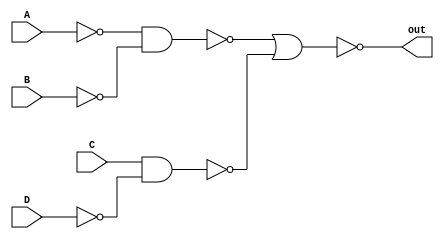
// -------------------------------------------------------------------------------------
//
//Description:This program takes in a four bit binary number and returns whether 
//					or not a given bit is correct
//					Pin assignments are shown in comments below 
//
// -------------------------------------------------------------------------------------

module UWID (A, B, C, D, out);
	//Takes in 4 right most switches as bit inputs (AF10, AF9, AC12, AB12)
	input A, B, C, D;
	
	//output is defined as out LEDR0 (Pin_V16)
	output out;

	//using 3 gates and three inverters this line defines out as HIGH value if given bit value of 0010
	assign out = ~(~(~A & ~B) | ~(C & ~D)) ;


endmodule